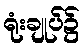
ရုံးချုပ်၌